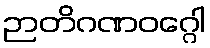
ဉာတိဂဏဝဂ္ဂေါ